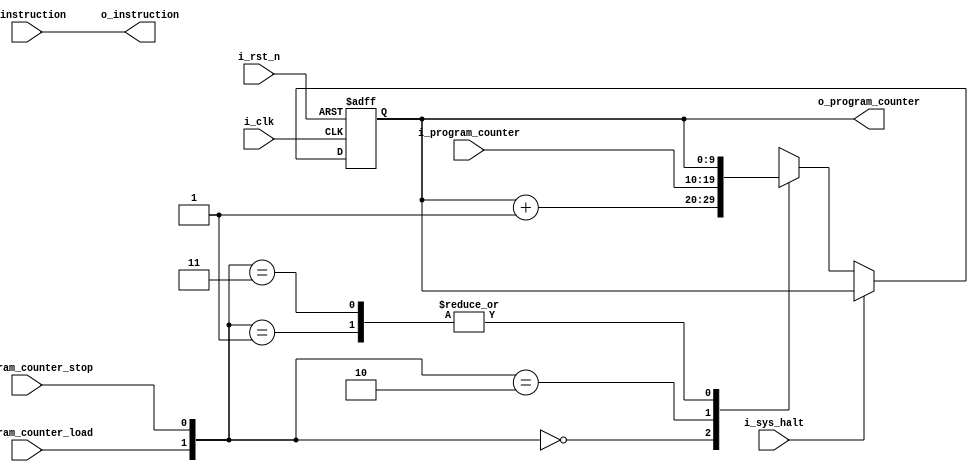
module comb_stage_fetch
    #(
      parameter ADDRESS_SIZE = 10,
      parameter DATA_SIZE = 32 
     )
    (
    input wire i_clk,
    input wire i_rst_n,
    input wire i_sys_halt,
    input wire [15:0] i_instruction,
    input wire i_program_counter_load,
    input wire i_program_counter_stop,
    input wire [ADDRESS_SIZE - 1:0] i_program_counter,
    output wire [ADDRESS_SIZE - 1:0] o_program_counter,
    output wire [15:0] o_instruction
    );
    /*Program Counter*/
    reg [ADDRESS_SIZE - 1:0] r_program_counter;
    always@(posedge i_clk, negedge i_rst_n)
    begin
        if(~i_rst_n)
            r_program_counter <= 0;
        else if(i_sys_halt)
            r_program_counter <= r_program_counter;
        else case( { i_program_counter_load, i_program_counter_stop} )
                2'b00: r_program_counter <= r_program_counter + 1;//PC increment
                2'b01: r_program_counter <= r_program_counter;//PC stop 
                2'b10: r_program_counter <= i_program_counter;//PC load
                2'b11: r_program_counter <= r_program_counter;//PC stop
            endcase
    end
    /*Combinational logic for FETCH*/
    assign o_program_counter = r_program_counter;
    assign o_instruction = i_instruction;
endmodule